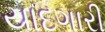
યાદગારી